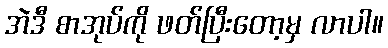
အဲဒီ စာအုပ်ကို ဖတ်ပြီးတော့မှ လာပါ။